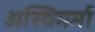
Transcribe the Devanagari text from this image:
अस्थिमर्मा